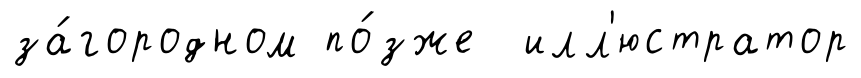
за́городном по́зже илл'юстратор